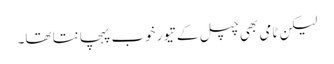
لیکن ٹامی بھی چپل کے تیور خوب پہچانتا تھا۔